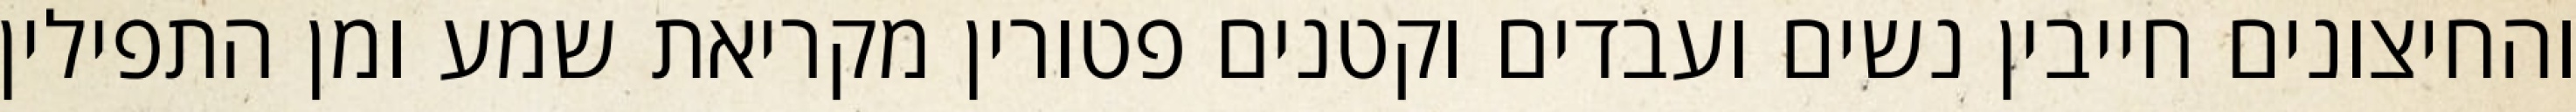
והחיצונים חייבין נשים ועבדים וקטנים פטורין מקריאת שמע ומן התפילין